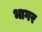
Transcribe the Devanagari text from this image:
भागर